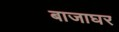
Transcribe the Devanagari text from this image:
बाजाघर